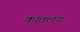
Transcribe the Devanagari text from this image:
कातलंग